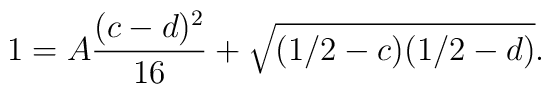
1 = A \frac{(c-d)^2}{ 16}  + \sqrt{(1/2 -c)(1/2 -d)}.